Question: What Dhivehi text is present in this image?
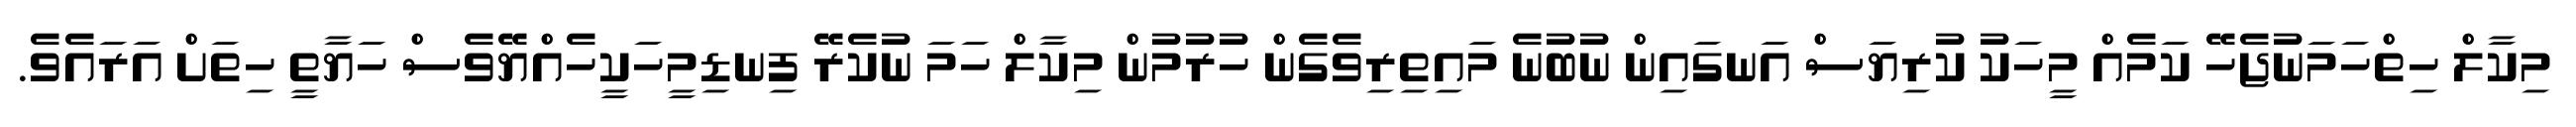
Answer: މިކާލް ހިތްހަމަނުޖެހޭ ކަމެއް މީހަކު ކުރިޔަސް އަނގައިން ނުބުނެ މައިތިރިވެގެން ހުރުމުން މިކާލް ހަމަ ނުކެރޭ ފިނޑިމީހަކީހެއްޔޭވެސް ހަޔާތީ ހިތަށް އަރައެވެ.